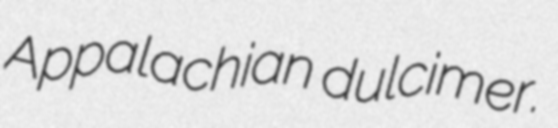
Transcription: Appalachian dulcimer.